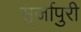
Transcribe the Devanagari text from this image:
सृर्जापुरी